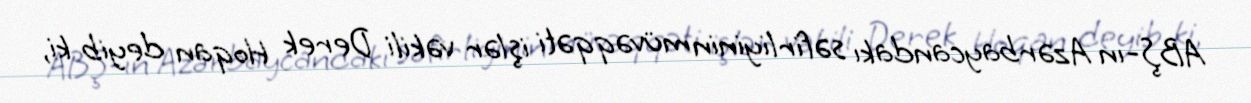
ABŞ-ın Azərbaycandakı səfirliyinin müvəqqəti işlər vəkili Derek Hoqan deyib ki,